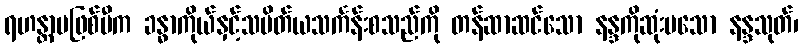
ရဟန္တာမဖြစ်မီက ခန္ဓာကိုယ်နှင့်သပိတ်ယသင်္ကန်းစသည်ကို တန်ဆာဆင်သော နန္ဒကိုဆုံးမသော နန္ဒသုတ်၊